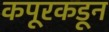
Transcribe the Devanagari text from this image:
कपूरकडून